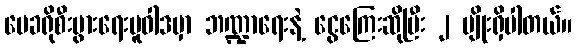
မေခရိုစီးပွားရေးမူဝါဒမှာ ဘဏ္ဍာရေးနဲ့ ငွေကြေးဆိုပြီး ၂ မျိုးရှိပါတယ်။